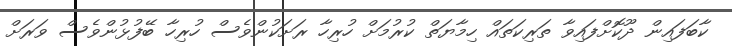
ކާބަފައިން ދޫކޮށްފައިވާ ތަރިކަތައް ހިމާޔަތް ކުރުމަށް ހުރިހާ ރަށަކުންވެސް ހުރިހާ ބޭފުޅުންވެސް ވަރަށް